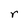
Character: r